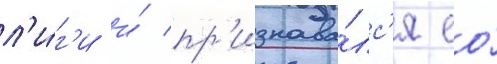
л'и́г'и и́ пр'изнава́лс'я ео́